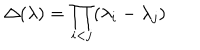
LaTeX: \Delta ( \lambda ) = \prod _ { i < j } ( \lambda _ { i } - \lambda _ { j } )